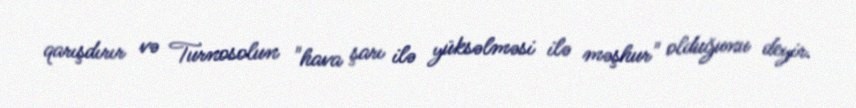
qarışdırır və Turnosolun "hava şarı ilə yüksəlməsi ilə məşhur" olduğunu deyir.